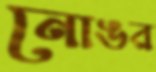
নোঙর